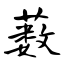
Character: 薮